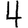
Digit: 4